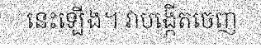
នេះឡើង។ វាបង្កើតចេញ